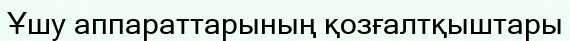
Ұшу аппараттарының қозғалтқыштары